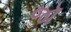
જૉ